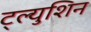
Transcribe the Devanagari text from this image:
ट्ल्युशिन